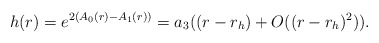
\begin{align*}h(r) = e^{ 2 (A_0(r) - A_1(r))} = a_3( ( r - r_h) + O((r-r_h)^2) ).\end{align*}